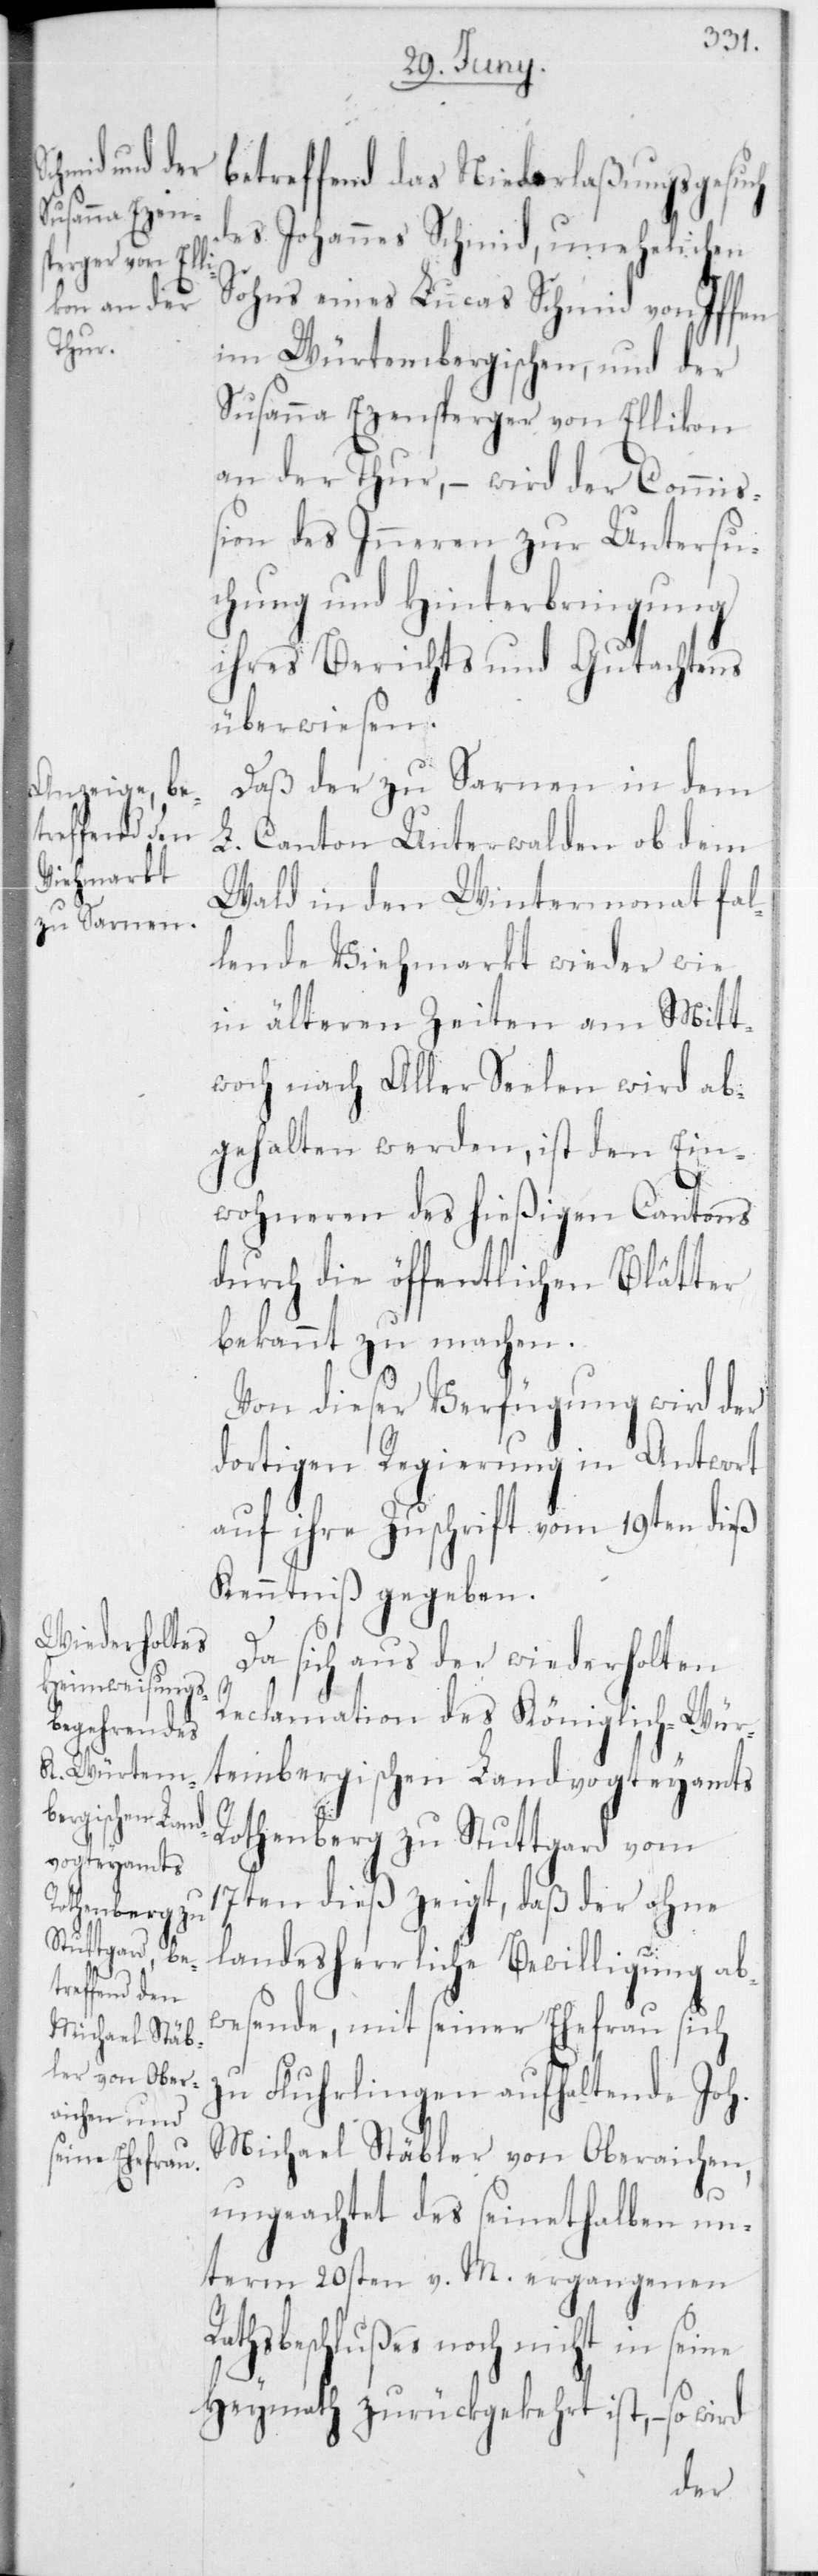
Ra¬

betreffend das Niederlaßungsgesuch
des Johannes Schmid, unehelichen
Sohns eines Lucas Schmid von Iffen
im Würtembergischen, und der
Susanna Ezensperger von Ellikon
an der Thur, – wird der Commi¬
ßion des Inneren zur Untersu¬
chung und Hinterbringung
ihres Berichts und Gutachtens
überwiesen.
Daß der zu Sarnen in dem
L. Canton Unterwalden ob dem
Wald in den Wintermonat fal¬
lende Viehmarkt wieder, wie
in älteren Zeiten, am Mitt¬
woch nach Aller Seelen wird ab¬
gehalten werden, ist den Ein¬
wohneren des hießigen Cantons
durch die öffentlichen Blätter
bekannt zu machen.
Von dieser Verfügung wird der
dortigen Regierung in Antwort
auf ihre Zuschrift vom 19ten dieß
Kenntniß gegeben.
Da sich aus der wiederholten
Reclamation des Königlich-Wür¬
tembergischen Landvogteyamts
Rothenberg zu Stuttgard vom
17ten dieß zeigt, daß der ohne
landesherrliche Bewilligung ab¬
wesende, mit seiner Ehefrau sich
zu Fluhrlingen aufhaltende Joh.
Michael Stäbler von Oberaichen,
ungeachtet des seinethalben un¬
term 20sten v. M. ergangenen
thsbeschlußes noch nicht in
Heymath zurückgekehrt ist, – so wird